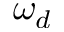
\omega _ { d }